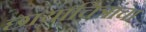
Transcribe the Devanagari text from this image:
छायाचित्रांचा